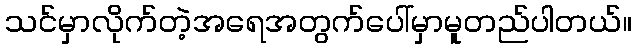
သင်မှာလိုက်တဲ့အရေအတွက်ပေါ်မှာမူတည်ပါတယ်။